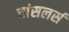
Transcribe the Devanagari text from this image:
चांसलर्स